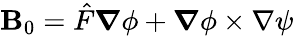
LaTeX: \boldsymbol{\mathbf{B}}_{0}=\hat{{F}}\boldsymbol{\nabla}\phi+\boldsymbol{\nabla}\phi\times\nabla\psi